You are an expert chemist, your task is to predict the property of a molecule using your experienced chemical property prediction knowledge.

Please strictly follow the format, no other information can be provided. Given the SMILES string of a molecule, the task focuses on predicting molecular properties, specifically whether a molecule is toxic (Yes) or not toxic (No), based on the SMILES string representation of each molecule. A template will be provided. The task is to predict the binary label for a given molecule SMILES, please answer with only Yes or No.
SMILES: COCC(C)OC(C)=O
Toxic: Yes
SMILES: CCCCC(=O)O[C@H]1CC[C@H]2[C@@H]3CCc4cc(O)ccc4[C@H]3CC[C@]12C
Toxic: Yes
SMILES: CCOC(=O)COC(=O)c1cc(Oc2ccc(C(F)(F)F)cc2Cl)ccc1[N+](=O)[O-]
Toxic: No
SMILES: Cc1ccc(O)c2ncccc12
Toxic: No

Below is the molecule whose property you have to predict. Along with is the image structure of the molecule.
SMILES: CC(C)CNCC(C)C
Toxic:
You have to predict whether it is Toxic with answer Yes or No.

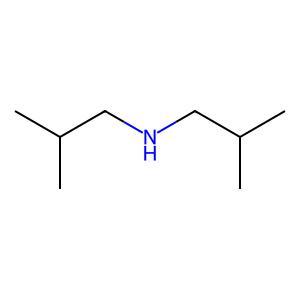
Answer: No